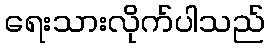
ရေးသားလိုက်ပါသည်